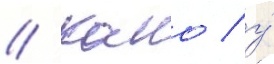
// Камо / у́